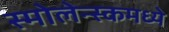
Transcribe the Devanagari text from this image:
स्मोलेन्स्कमध्ये